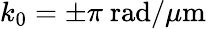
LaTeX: k_{0}=\pm\pi~\textrm{rad/}\mu\textrm{m}